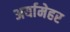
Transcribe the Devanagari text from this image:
अर्यामेहर